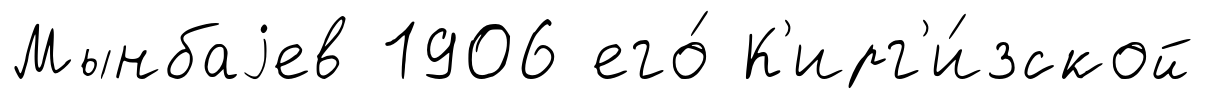
Мынбаjев 1906 его́ К'ирг'и́зской